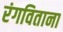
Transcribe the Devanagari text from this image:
रंगविताना